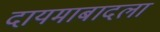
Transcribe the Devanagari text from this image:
दायमाबादला